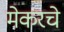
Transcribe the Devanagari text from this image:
मेकरचे